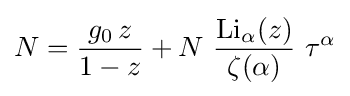
N={\frac {g_{0}\,z}{1-z}}+N~{\frac {{\textrm {Li}}_{\alpha }(z)}{\zeta (\alpha )}}~\tau ^{\alpha }